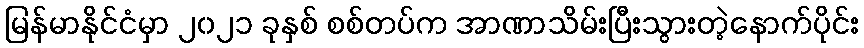
မြန်မာနိုင်ငံမှာ ၂၀၂၁ ခုနှစ် စစ်တပ်က အာဏာသိမ်းပြီးသွားတဲ့နောက်ပိုင်း